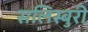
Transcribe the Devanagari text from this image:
सलिस्बुरी